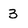
Character: 3